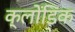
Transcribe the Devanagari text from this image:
क्लोंडिक